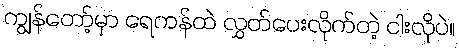
ကျွန်တော့်မှာ ရေကန်ထဲ လွှတ်ပေးလိုက်တဲ့ ငါးလိုပဲ။